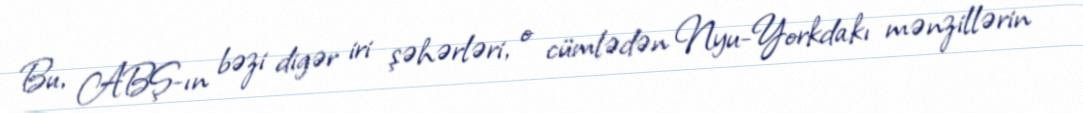
Bu, ABŞ-ın bəzi digər iri şəhərləri, o cümlədən Nyu-Yorkdakı mənzillərin